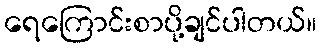
ရေကြောင်းစာပို့ချင်ပါတယ်။